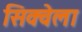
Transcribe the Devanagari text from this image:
सिक्वेला